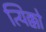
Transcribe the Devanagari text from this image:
त्यिक्को